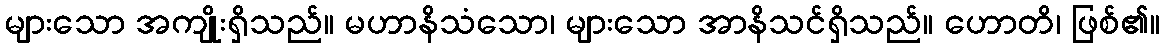
များသော အကျိုးရှိသည်။ မဟာနိသံသော၊ များသော အာနိသင်ရှိသည်။ ဟောတိ၊ ဖြစ်၏။